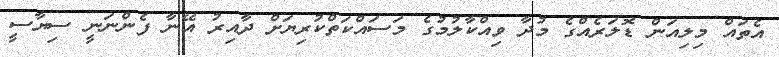
އެތައް މިލިއަން ޑޮލަރެއްގެ މުދާ ވިއްކާލުމުގެ މަސައްކަތްކުރިޔަށް ދާއިރު އޭނާ ފެންނަނީ ސިޔާސީ